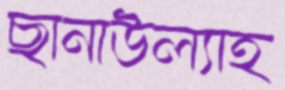
ছানাউল্যাহ